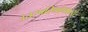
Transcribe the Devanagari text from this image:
उत्तरपरिणांमाध्ये